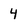
Character: 4